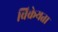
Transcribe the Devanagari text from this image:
विक्रेयता